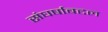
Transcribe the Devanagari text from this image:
संघर्षाबद्दल